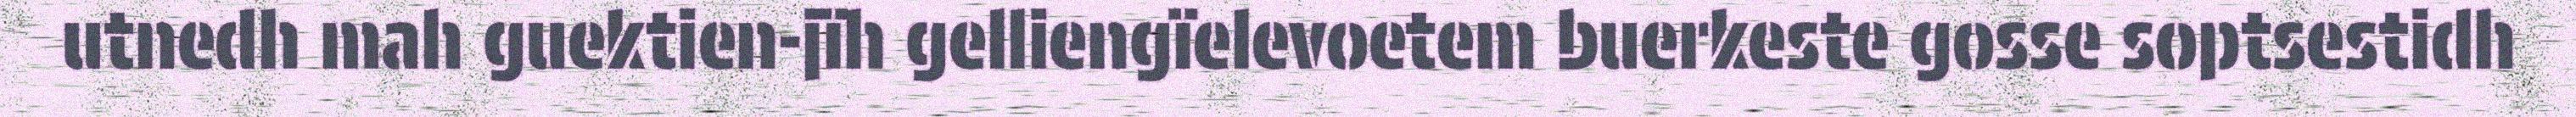
utnedh mah guektien-jïh gelliengïelevoetem buerkeste gosse soptsestidh